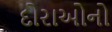
દોરાઓનો